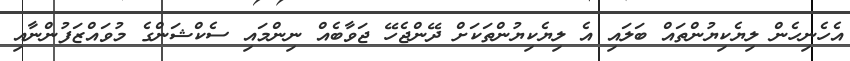
އެހެނިހެން ލިޔެކިޔުންތައް ބަލައި އެ ލިޔެކިޔުންތަކަށް ދޭންޖެހޭ ޖަވާބެއް ނިންމައި ސެކްޝަންގެ މުވައްޒަފުންނާއި